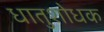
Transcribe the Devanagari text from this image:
धातुशोधक